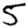
Digit: 5